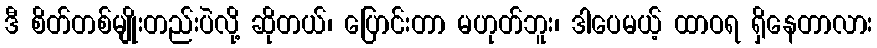
ဒီ စိတ်တစ်မျိုးတည်းပဲလို့ ဆိုတယ်၊ ပြောင်းတာ မဟုတ်ဘူး၊ ဒါပေမယ့် ထာဝရ ရှိနေတာလား